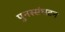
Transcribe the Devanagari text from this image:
पुनस्संघटन